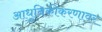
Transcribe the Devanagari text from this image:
आधुनिकीकरणावर